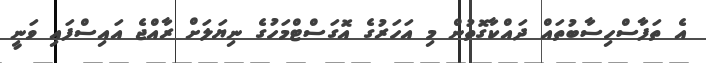
އެ ތަފާސްހިސާބުތައް ދައްކާގޮތުން މި އަހަރުގެ އޮގަސްޓްމަހުގެ ނިޔަލަށް ރާއްޖެ އައިސްފައި ވަނީ